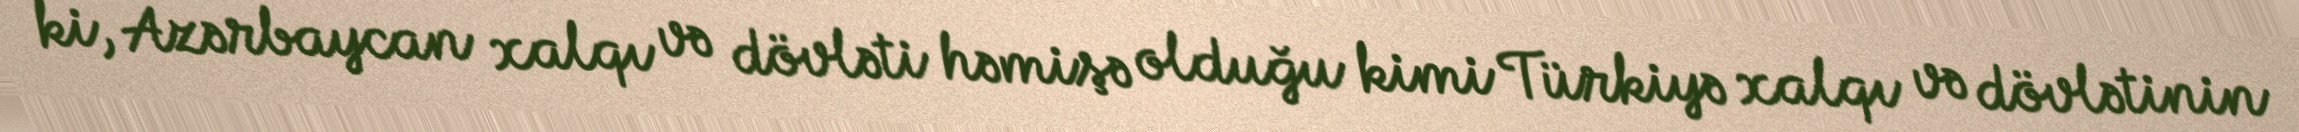
ki, Azərbaycan xalqı və dövləti həmişə olduğu kimi Türkiyə xalqı və dövlətinin